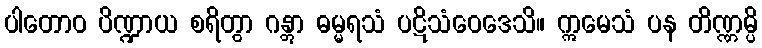
ပါတောဝ ပိဏ္ဍာယ စရိတွာ ဂန္တွာ ဓမ္မရသံ ပဋိသံဝေဒေသိ။ ဣမေသံ ပန တိဏ္ဏမ္ပိ